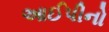
આઈપીનો